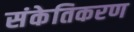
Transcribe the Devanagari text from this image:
संकेतिकरण